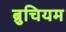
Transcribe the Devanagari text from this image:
ब्रुचियम